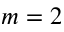
m = 2